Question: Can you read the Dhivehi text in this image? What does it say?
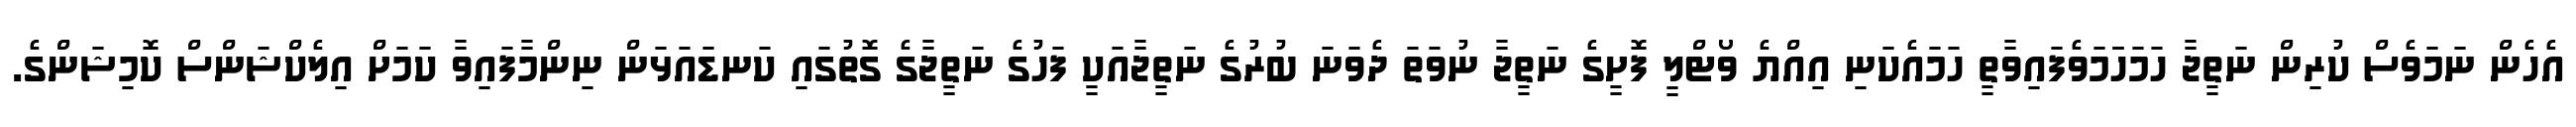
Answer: އެހެން ނަމަވެސް ކުރިން ނަތީޖާ ހަމަހަަމަވެފައިވާތީ ހަމައެކަނި އިއްޔެ ވޯޓްލީ ފޮށީގެ ނަތީޖާ ނުވަތަ ދެވަނަ ބުރުގެ ނަތީޖާއަކީ ފަހުގެ ނަތީޖާގެ ގޮތުގައި ކަނޑައަޅަން ނިންމާފައިވާ ކަމަށް އިލެކްޝަންސް ކޮމިޝަންގެ.